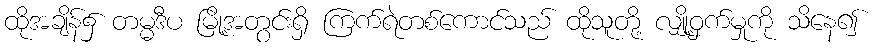
ထိုအချိန်၌ တမ္မဒီပ မြို့အတွင်းရှိ ကြက်ရဲတစ်ကောင်သည် ထိုသူတို့ လျှို့ဝှက်မှုကို သိနေ၍